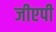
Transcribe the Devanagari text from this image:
जीएपी